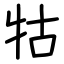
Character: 牯